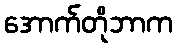
အောက်တိုဘာက